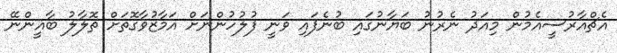
އެޗްއާރުސީއެމުން މިއަދު ނެރުނު ބަޔާނުގައި ބުނެފައި ވަނީ ފުލުހުންނަށް އަމާޒުވާގޮތަށް ތޮލާލު ބާޣީންނޭ